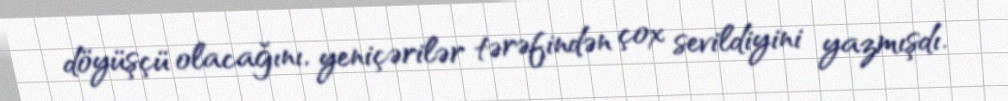
döyüşçü olacağını, yeniçərilər tərəfindən çox sevildiyini yazmışdı.